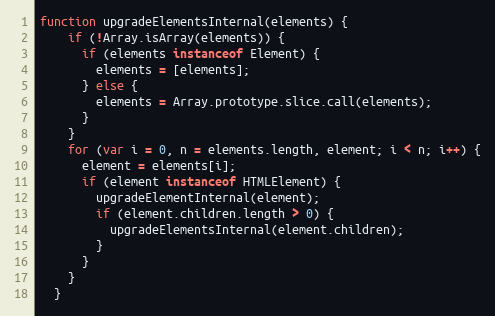
Language: JavaScript
function upgradeElementsInternal(elements) {
    if (!Array.isArray(elements)) {
      if (elements instanceof Element) {
        elements = [elements];
      } else {
        elements = Array.prototype.slice.call(elements);
      }
    }
    for (var i = 0, n = elements.length, element; i < n; i++) {
      element = elements[i];
      if (element instanceof HTMLElement) {
        upgradeElementInternal(element);
        if (element.children.length > 0) {
          upgradeElementsInternal(element.children);
        }
      }
    }
  }